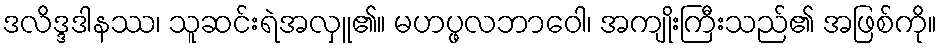
ဒလိဒ္ဒဒါနဿ၊ သူဆင်းရဲအလှူ၏။ မဟပ္ဖလဘာဝေါ၊ အကျိုးကြီးသည်၏ အဖြစ်ကို။